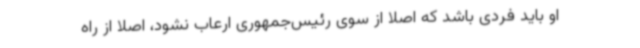
او باید فردی باشد که اصلا از سوی رئیس‌جمهوری ارعاب نشود، اصلا از راه